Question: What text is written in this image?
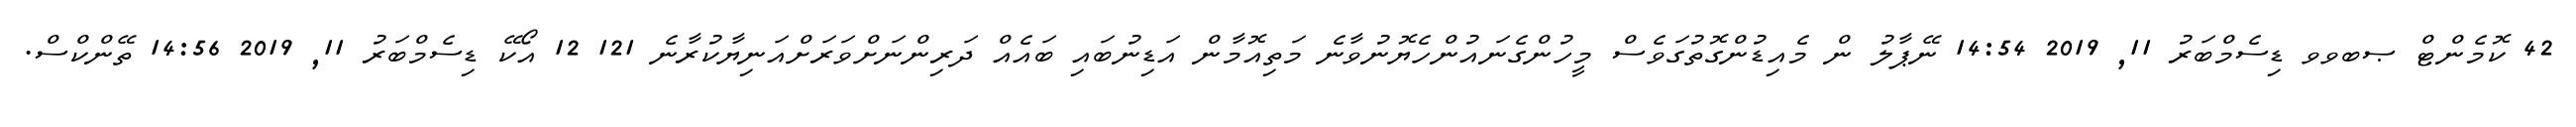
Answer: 42 ކޮމެންޓް ޞބވވ ޑިސެމްބަރު 11, 2019 14:54 ނޭޕާލު ން މެއިޑުންގޮތުގަވެސް މީހުންގެނައުންހެޔޮނުވާނެ މަތިއޮމާން އަޑިނުބައި ބައެއް ދަރިންނަށްވަރަށްއަނިޔާކުރާނެ 121 12 އޯކޭ ޑިސެމްބަރު 11, 2019 14:56 ތޭންކްސް.